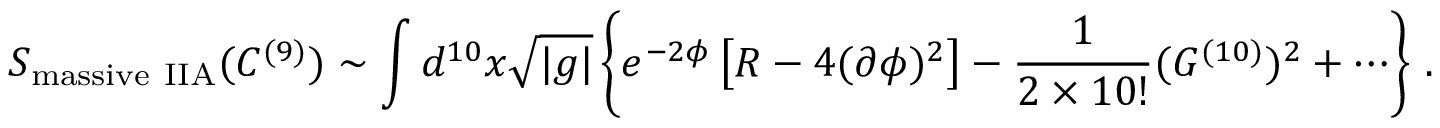
S _ { \mathrm { m a s s i v e \ I I A } } ( C ^ { ( 9 ) } ) \sim \int d ^ { 1 0 } x { \sqrt { | g | } } \left\{ e ^ { - 2 \phi } \left[ R - 4 ( \partial \phi ) ^ { 2 } \right] - \frac { 1 } { 2 \times 1 0 ! } ( G ^ { ( 1 0 ) } ) ^ { 2 } + \cdots \right\} \, .